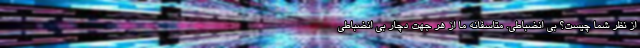
از نظر شما چیست؟ بی انضباطی. متاسفانه ما از هر جهت دچار بی انضباطی